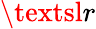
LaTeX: \textsl{r}